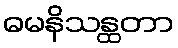
ဓမနိသန္ထတာ